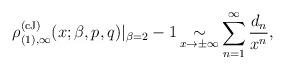
LaTeX: \begin{align*} {\rho}_{(1), \infty}^{(\rm cJ)}(x;\beta,p,q) |_{\beta = 2 } - 1 \mathop{\sim}\limits_{x \to \pm \infty} \sum_{n=1}^\infty {d_{n} \over x^{n}}, \end{align*}